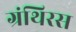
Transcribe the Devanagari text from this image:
ग्रंथिरस